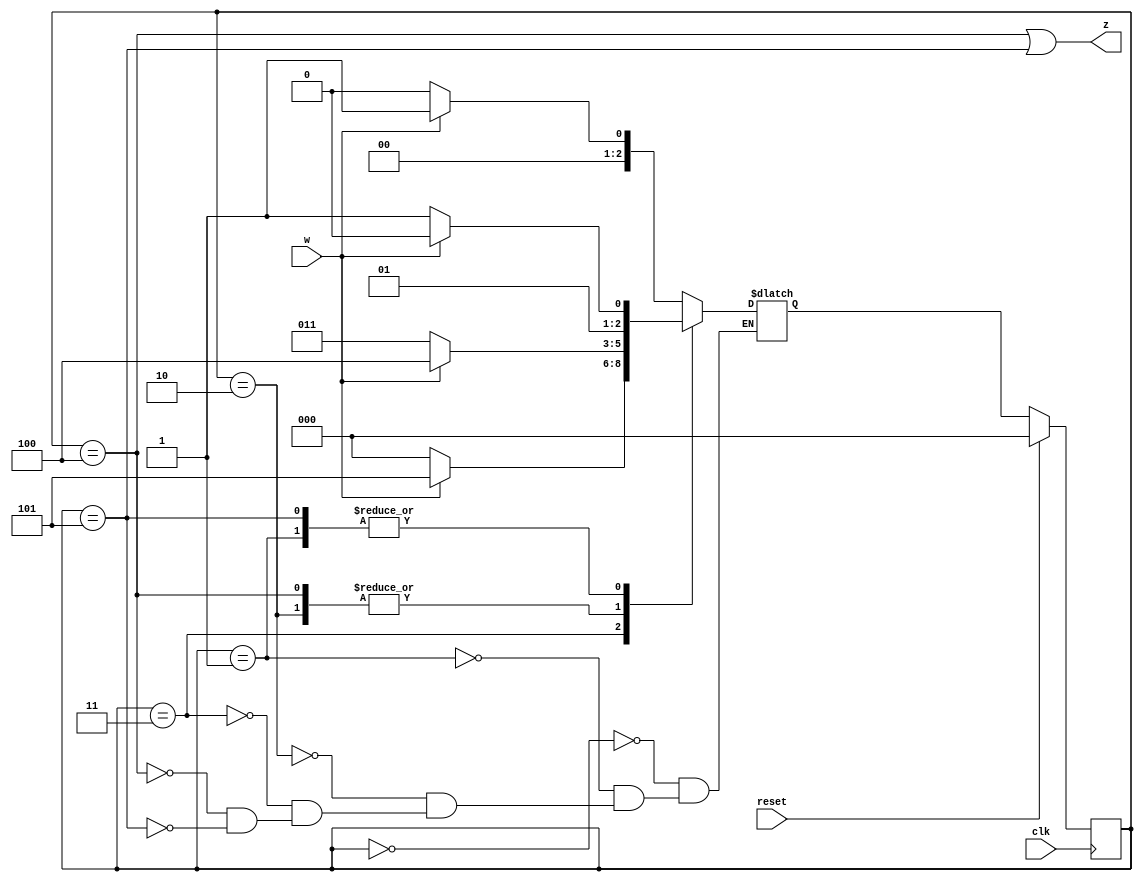
module top_module (
    input clk,
    input reset,   // Synchronous active-high reset
    input w,
    output z
);
	parameter a = 0, b = 1, c = 2, d = 3, e = 4, f = 5;
    reg [2:0] state, next;
    
    always @ (*) begin
        case(state)
           	a : next = w ? b : a;
           	b : next = w ? c : d;
            c : next = w ? e : d;
            d : next = w ? f : a;
            e : next = w ? e : d;
            f : next = w ? c : d;
        endcase
    end
    always @ (posedge clk) begin
        if(reset) state <= a;
        else state <= next;
    end
    assign z = (state == e) || (state == f);
endmodule